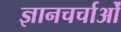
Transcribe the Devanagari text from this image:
ज्ञानचर्चाओं